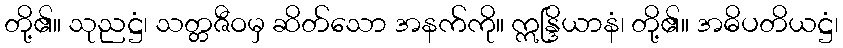
တို့၏။ သုညဋ္ဌံ၊ သတ္တဇီဝမှ ဆိတ်သော အနက်ကို။ ဣန္ဒြိယာနံ၊ တို့၏။ အဓိပတိယဋ္ဌံ၊